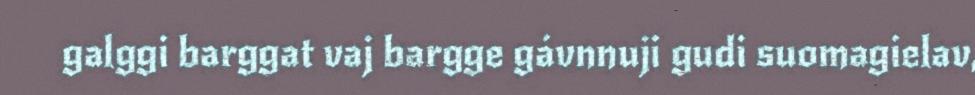
galggi barggat vaj bargge gávnnuji gudi suomagielav,